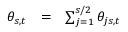
\begin{array} { r c l } { \theta _ { s , t } } & { = } & { \sum _ { j = 1 } ^ { s / 2 } \theta _ { j s , t } } \end{array}